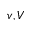
v , V